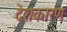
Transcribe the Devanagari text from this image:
देशकारण